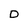
Character: D